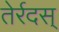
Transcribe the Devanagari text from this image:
तेर्रदस्